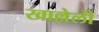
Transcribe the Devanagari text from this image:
खाल्लेली